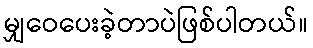
မျှဝေပေးခဲ့တာပဲဖြစ်ပါတယ်။